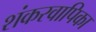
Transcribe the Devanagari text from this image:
शंकरवापिका